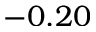
- 0 . 2 0